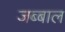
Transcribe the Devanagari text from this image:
जब्बाल